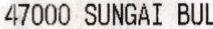
47000 SUNGAI BUL